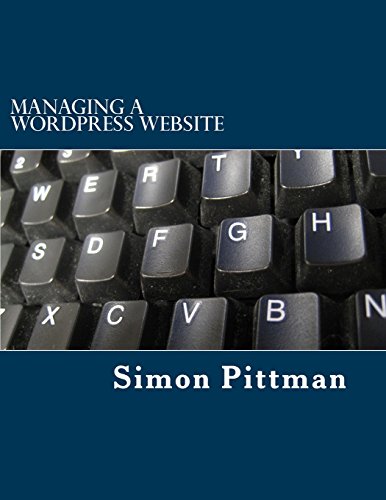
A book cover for Managing a WordPress Website; Simon Pittman; Computers & Technology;